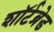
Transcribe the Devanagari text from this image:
शॉर्टब्रेड